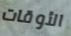
الأوقات